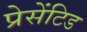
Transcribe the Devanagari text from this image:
प्रेसेंटिड